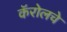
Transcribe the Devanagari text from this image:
कॅरोलचे